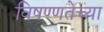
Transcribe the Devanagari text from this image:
विषण्णतेच्या